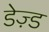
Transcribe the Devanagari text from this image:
डेज़्ड